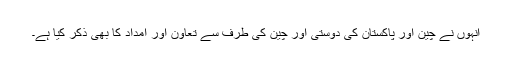
انہوں نے چین اور پاکستان کی دوستی اور چین کی طرف سے تعاون اور امداد کا بھی ذکر کیا ہے۔